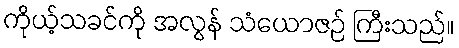
ကိုယ့်သခင်ကို အလွန် သံယောဇဉ် ကြီးသည်။